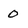
Character: 0